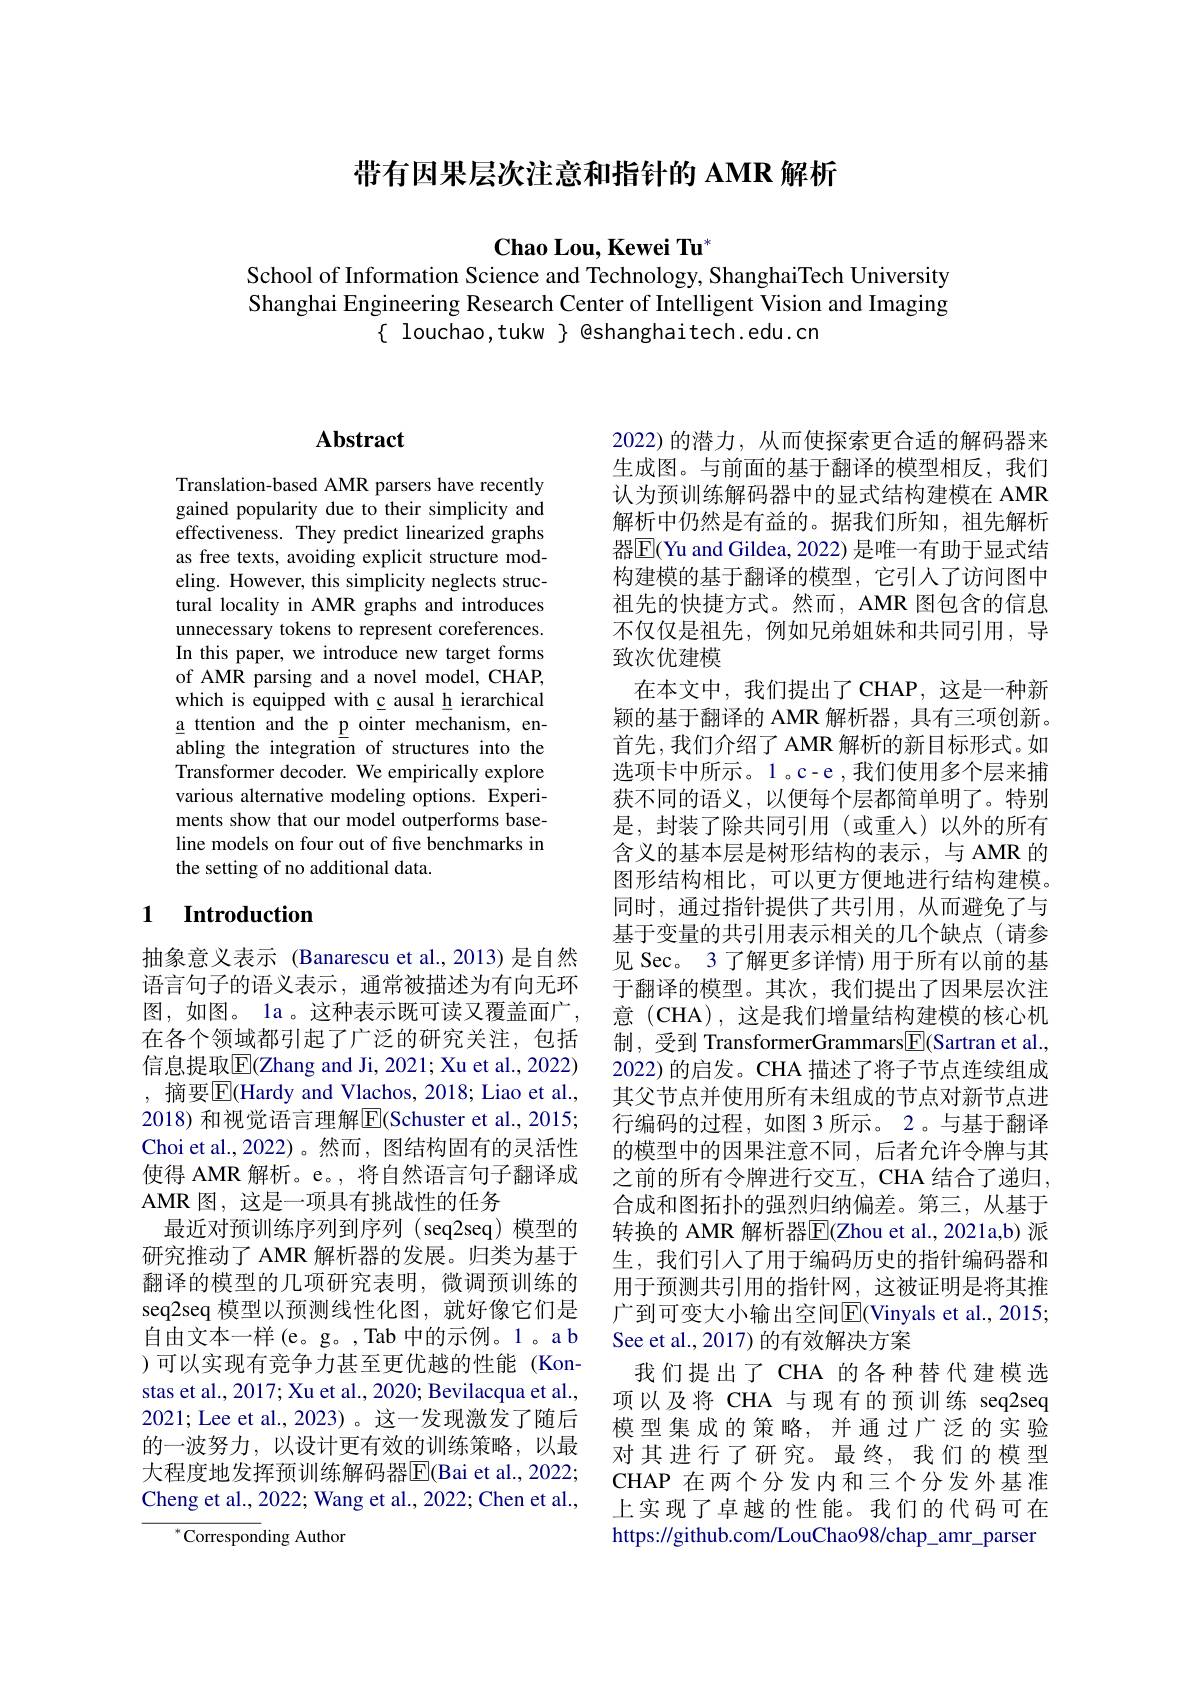
# 带有因果层次注意和指针的 AMR 解析

$\mathbf{Chao~Lou,~Kewei~Tu}^{*}$

School of Information Science and Technology, ShanghaiTech University Shanghai Engineering Research Center of Intelligent Vision and Imaging
$\{$ louchao,tukw $\}$ eshanghaitech.edu.cn

# Abstract

Translation-based AMR parsers have recently gained popularity due to their simplicity and effectiveness. They predict linearized graphs as free texts, avoiding explicit structure modeling. However, this simplicity neglects structural locality in AMR graphs and introduces unnecessary tokens to represent coreferences. In this paper, we introduce new target forms of AMR parsing and a novel model, CHAP, which is equipped with c ausal h ierarchical a ttention and the p ointer mechanism, enabling the integration of structures into the Transformer decoder. We empirically explore various alternative modeling options. Experiments show that our model outperforms baseline models on four out of five benchmarks in the setting of no additional data.

### 1 $\textbf{Introduction}$

抽象意义表示 (Banarescu et al.,2013)是自然语言句子的语义表示，通常被描述为有向无环图，如图。la 。这种表示既可读又覆盖面广， 在各个领域都引起了广泛的研究关注，包括信息提取$\overline{\mathrm{E}}($Zhang and Ji, 2021; Xu et al., 2022) , 摘要$\boxed{\mathrm{E}}($Hardy and Vlachos, 2018; Liao et al., 2018) 和视觉语言理解$\overline{\mathrm{E}}($Schuster et al., 2015; Choi et al., 2022)。然而，图结构固有的灵活性使得 AMR 解析。e。, 将自然语言句子翻译成AMR 图，这是一项具有挑战性的任务
最近对预训练序列到序列 (seq2seq)模型的研究推动了 AMR 解析器的发展。归类为基于翻译的模型的几项研究表明，微调预训练的seq2seq 模型以预测线性化图，就好像它们是自由文本一样(e。g。,Tab 中的示例。1 。a b )可以实现有竞争力甚至更优越的性能(Konstas et al., 2017; Xu et al., 2020; Bevilacqua et al., 2021; Lee et al., 2023)。这一发现激发了随后的一波努力，以设计更有效的训练策略，以最大程度地发挥预训练解码器$\overline{\mathrm{E}}($Bai et al., 2022; Cheng et al., 2022; Wang et al., 2022; Chen et al.,
$^*$Corresponding Author

2022)的潜力，从而使探索更合适的解码器来生成图。与前面的基于翻译的模型相反，我们认为预训练解码器中的显式结构建模在 AMR 解析中仍然是有益的。据我们所知，祖先解析器$\overline{\mathbb{E}}$(Yu and Gildea, 2022) 是唯一有助于显式结构建模的基于翻译的模型，它引入了访问图中祖先的快捷方式。然而，AMR 图包含的信息不仅仅是祖先，例如兄弟姐妹和共同引用，导致次优建模
在本文中，我们提出了 CHAP,这是一种新颖的基于翻译的 AMR 解析器，具有三项创新。首先，我们介绍了 AMR 解析的新目标形式。如选项卡中所示。1。c-e ,我们使用多个层来捕获不同的语义，以便每个层都简单明了。特别是，封装了除共同引用(或重人)以外的所有含义的基本层是树形结构的表示，与 AMR 的图形结构相比，可以更方便地进行结构建模。同时，通过指针提供了共引用，从而避免了与基于变量的共引用表示相关的几个缺点(请参见 Sec。3 了解更多详情) 用于所有以前的基于翻译的模型。其次，我们提出了因果层次注意 (CHA), 这是我们增量结构建模的核心机制，受到 TransformerGrammars$\boxed{\mathrm{F}}($Sartran et al., 2022) 的启发。CHA 描述了将子节点连续组成其父节点并使用所有未组成的节点对新节点进行编码的过程，如图 3 所示。2。与基于翻译的模型中的因果注意不同，后者允许令牌与其之前的所有令牌进行交互，CHA 结合了递归， 合成和图拓扑的强烈归纳偏差。第三，从基于转换的 AMR 解析器$\overline{\mathrm{E}}($Zhou et al.,2021a,b) 派生，我们引入了用于编码历史的指针编码器和用于预测共引用的指针网，这被证明是将其推广到可变大小输出空间$\overline{\mathrm{E}}($Vinyals et al., 2015; See et al., 2017) 的有效解决方案
我们提出了 CHA 的各种替代建模选项以及将 CHA 与现有的预训练 seq2seq 模型集成的策略，并通过广泛的实验对其进行了研究。最终，我们的模型CHAP 在两个分发内和三个分发外基准上实现了卓越的性能。我们的代码可在https://github.com/LouChao98/chap\_amr\_parser